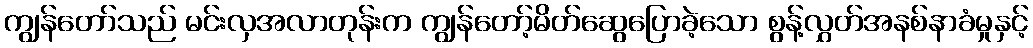
ကျွန်တော်သည် မင်းလှအလာတုန်းက ကျွန်တော့်မိတ်ဆွေပြောခဲ့သော စွန့်လွှတ်အနစ်နာခံမှုနှင့်